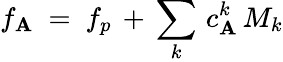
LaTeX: f_{\mathbf{A}}\ =\ f_{p}\, +\, \sum_{k}\, c_{\mathbf{A}}^{k}\, M_{k}